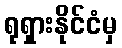
ရုရှားနိုင်ငံမှ